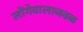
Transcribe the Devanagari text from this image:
लोंगेवालाजवळ